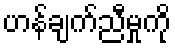
ဟန်ချက်ညီမှုကို